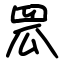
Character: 罛